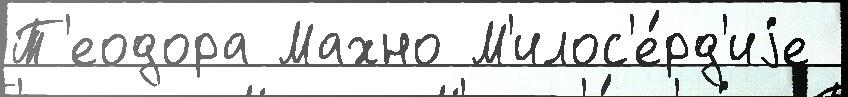
Т'еодора Махно М'илос'е́рд'иjе